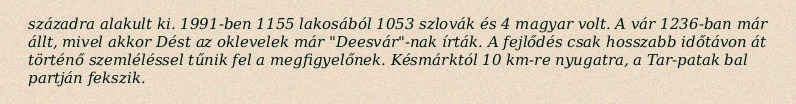
századra alakult ki. 1991-ben 1155 lakosából 1053 szlovák és 4 magyar volt. A vár 1236-ban már állt, mivel akkor Dést az oklevelek már "Deesvár"-nak írták. A fejlődés csak hosszabb időtávon át történő szemléléssel tűnik fel a megfigyelőnek. Késmárktól 10 km-re nyugatra, a Tar-patak bal partján fekszik.